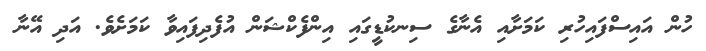
ހުން އައިސްފައިހުރި ކަމަށާއި އެނާގެ ސިނކުޑީގައި އިންފެކްޝަން އުފެދިފައިވާ ކަމަށެވެ. އަދި އޭނާ